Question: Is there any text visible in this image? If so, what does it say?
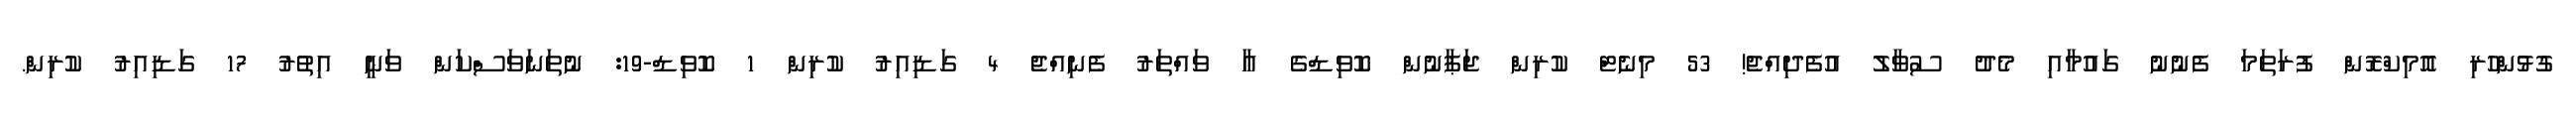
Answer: ގުޅުންހުރި އޮމިކްރޮން ފުރަތަމަ ފެނުނު ގައުމާއި މެދު ސުވާލު އުފެދިއްޖެ! 53 މިނެޓް ކުރިން ޖަޕާނުން ކޮވިޑްގެ އާ ވައްތަރު ފެނިއްޖެ 4 ގަޑިއިރު ކުރިން 1 ކޮވިޑް-19: ނުތަނަވަސްކަން ވަނީ އިތުރު 17 ގަޑިއިރު ކުރިން.